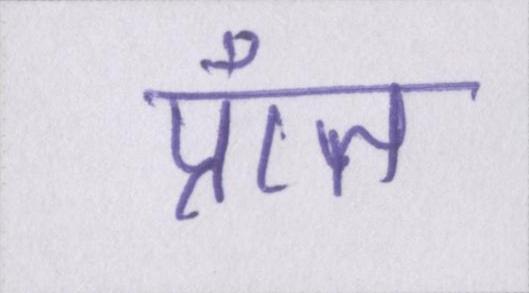
प्राँत